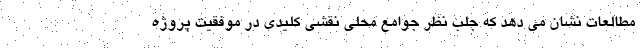
مطالعات نشان می دهد که جلب نظر جوامع محلی نقشی کلیدی در موفقیت پروژه